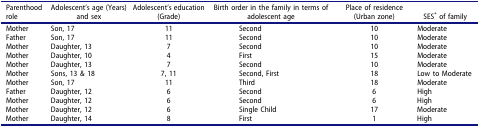
<table><thead><tr><td><b>Parenthood role</b></td><td><b>Adolescent’s age (Years) and sex</b></td><td><b>Adolescent’s education (Grade)</b></td><td><b>Birth order in the family in terms of adolescent age</b></td><td><b>Place of residence (Urban zone)</b></td><td><b>SES<sup>*</sup> of family</b></td></tr></thead><tbody><tr><td>Mother</td><td>Son, 17</td><td>11</td><td>Second</td><td>10</td><td>Moderate</td></tr><tr><td>Father</td><td>Son, 17</td><td>11</td><td>Second</td><td>10</td><td>Moderate</td></tr><tr><td>Mother</td><td>Daughter, 13</td><td>7</td><td>Second</td><td>10</td><td>Moderate</td></tr><tr><td>Mother</td><td>Daughter, 10</td><td>4</td><td>First</td><td>15</td><td>Moderate</td></tr><tr><td>Mother</td><td>Daughter, 13</td><td>7</td><td>Second</td><td>10</td><td>Moderate</td></tr><tr><td>Mother</td><td>Sons, 13 &amp; 18</td><td>7, 11</td><td>Second, First</td><td>18</td><td>Low to Moderate</td></tr><tr><td>Mother</td><td>Son, 17</td><td>11</td><td>Third</td><td>18</td><td>Moderate</td></tr><tr><td>Father</td><td>Daughter, 12</td><td>6</td><td>Second</td><td>6</td><td>High</td></tr><tr><td>Mother</td><td>Daughter, 12</td><td>6</td><td>Second</td><td>6</td><td>High</td></tr><tr><td>Mother</td><td>Daughter, 12</td><td>6</td><td>Single Child</td><td>17</td><td>Moderate</td></tr><tr><td>Mother</td><td>Daughter, 14</td><td>8</td><td>First</td><td>1</td><td>High</td></tr></tbody></table>